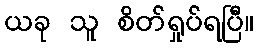
ယခု သူ စိတ်ရှုပ်ရပြီ။